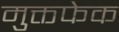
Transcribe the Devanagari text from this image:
मुक्तफेक